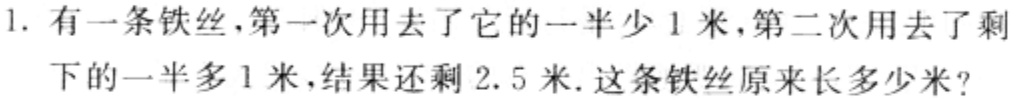
1. 有一条铁丝，第一次用去了它的一半少1米，第二次用去了剩下的一半多1米，结果还剩2.5米. 这条铁丝原来长多少米?